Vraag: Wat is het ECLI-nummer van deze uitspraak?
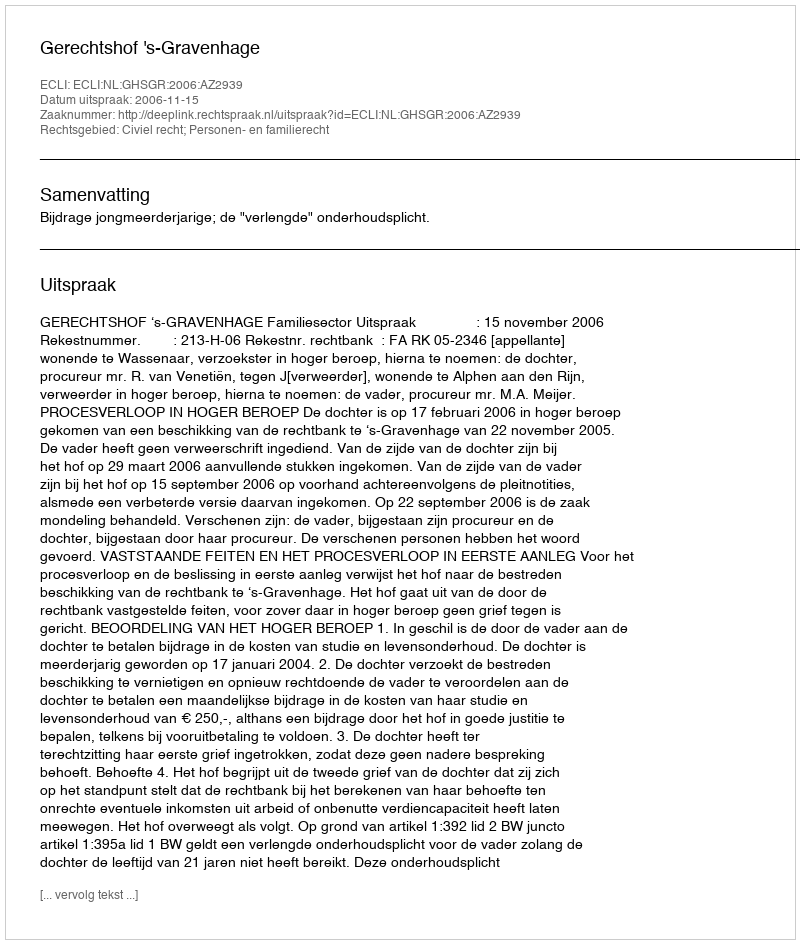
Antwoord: ECLI:NL:GHSGR:2006:AZ2939